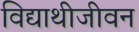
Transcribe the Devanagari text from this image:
विद्याथीजीवन